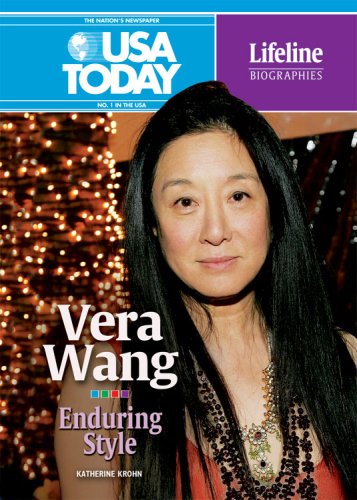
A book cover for Vera Wang: Enduring Style (USA Today Lifeline Biographies); Katherine E. Krohn; Teen & Young Adult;